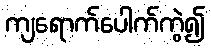
ကျရောက်ပေါက်ကွဲ၍